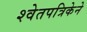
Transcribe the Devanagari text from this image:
श्वेतपत्रिकेने